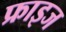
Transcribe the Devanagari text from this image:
फ्राइज